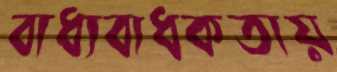
বাধ্যবাধকতায়